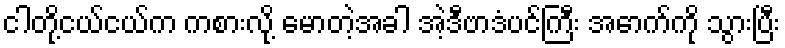
ငါတို့ငယ်ငယ်က ကစားလို့ မောတဲ့အခါ အဲ့ဒီဗာဒံပင်ကြီး အောက်ကို သွားပြီး